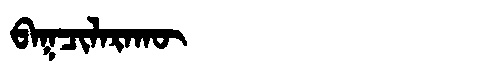
Manchu: ᠪᠠᡴᠴᡳᠯᠠᡵᠠᡴᡡ
Romanization: BAKCILARAKŪ